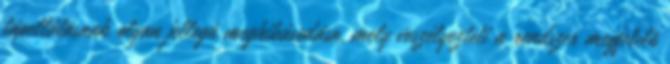
tápellátásnak olyan jellegû meghibásodása, mely veszélyezteti a rendszer megfelelõ